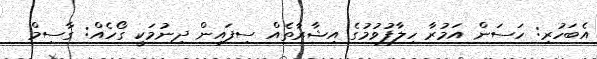
އެބަހުރި: ހަސަން އަމުރާ ހިލާފުވުމުގެ އިޝާރާތެއް ސިފައިން ދިނުމަކީ ގޯހެއް: ގާސިމް